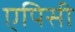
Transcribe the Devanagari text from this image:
एपिसी